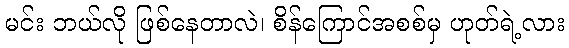
မင်း ဘယ်လို ဖြစ်နေတာလဲ၊ စိန်ကြောင်အစစ်မှ ဟုတ်ရဲ့လား